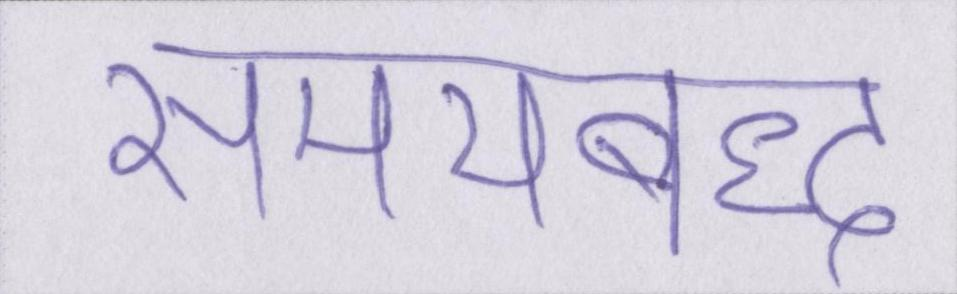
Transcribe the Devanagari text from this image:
समयबद्ध